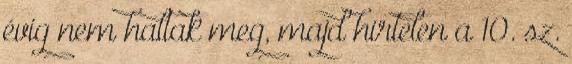
évig nem haltak meg, majd hirtelen a 10. sz.